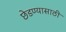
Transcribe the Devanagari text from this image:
छेडण्यासाठी